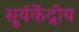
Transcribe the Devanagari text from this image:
सूर्यकेंद्रीय